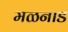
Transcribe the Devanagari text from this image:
मळनाड